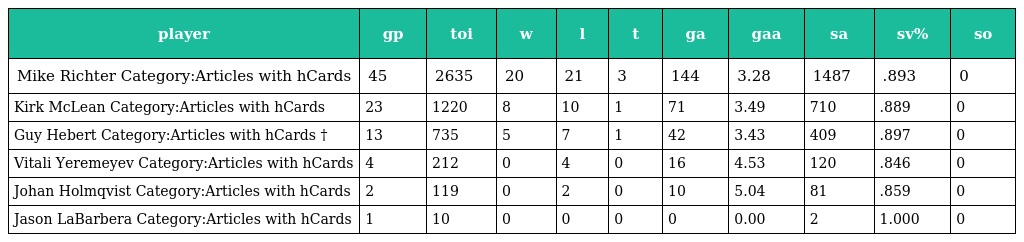
| player | gp | toi | w | l | t | ga | gaa | sa | sv% | so |
 | --- | --- | --- | --- | --- | --- | --- | --- | --- | --- | --- |
 | Mike Richter Category:Articles with hCards | 45 | 2635 | 20 | 21 | 3 | 144 | 3.28 | 1487 | .893 | 0 |
 | Kirk McLean Category:Articles with hCards | 23 | 1220 | 8 | 10 | 1 | 71 | 3.49 | 710 | .889 | 0 |
 | Guy Hebert Category:Articles with hCards † | 13 | 735 | 5 | 7 | 1 | 42 | 3.43 | 409 | .897 | 0 |
 | Vitali Yeremeyev Category:Articles with hCards | 4 | 212 | 0 | 4 | 0 | 16 | 4.53 | 120 | .846 | 0 |
 | Johan Holmqvist Category:Articles with hCards | 2 | 119 | 0 | 2 | 0 | 10 | 5.04 | 81 | .859 | 0 |
 | Jason LaBarbera Category:Articles with hCards | 1 | 10 | 0 | 0 | 0 | 0 | 0.00 | 2 | 1.000 | 0 |